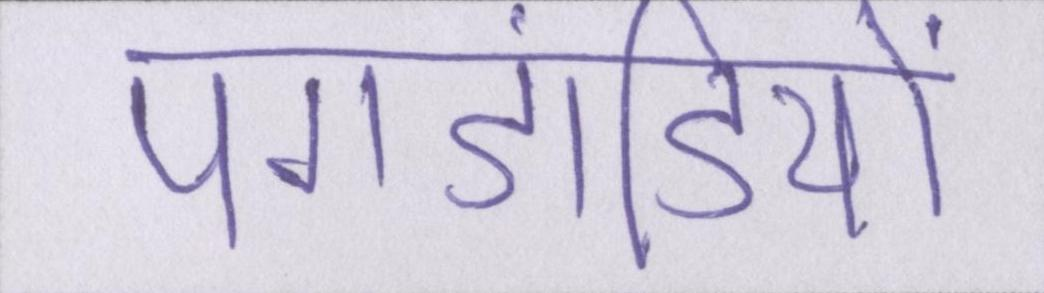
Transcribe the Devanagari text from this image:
पगडंडियों